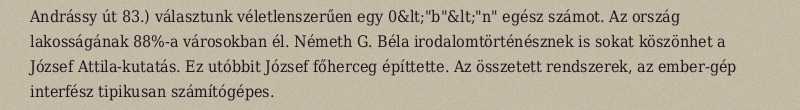
Andrássy út 83.) választunk véletlenszerűen egy 0&lt;"b"&lt;"n" egész számot. Az ország lakosságának 88%-a városokban él. Németh G. Béla irodalomtörténésznek is sokat köszönhet a József Attila-kutatás. Ez utóbbit József főherceg építtette. Az összetett rendszerek, az ember-gép interfész tipikusan számítógépes.